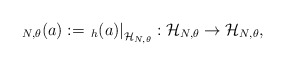
\begin{align*}_{N, \theta}(a):=\left._h(a)\right|_{\mathcal{H}_{N,\theta}}:\mathcal{H}_{N,\theta}\to \mathcal{H}_{N,\theta},\end{align*}